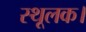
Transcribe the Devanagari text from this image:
स्थूलक।